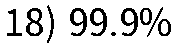
18) 99.9%